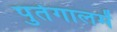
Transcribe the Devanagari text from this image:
पुर्तगालमें